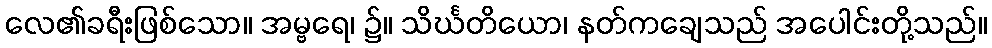
လေ၏ခရီးဖြစ်သော။ အမ္ဗရေ၊ ၌။ သိင်္ဃတိယော၊ နတ်ကချေသည် အပေါင်းတို့သည်။